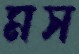
মস